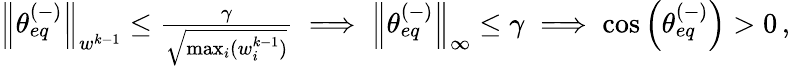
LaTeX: \begin{array}{r}{\left\lVert\theta_{eq}^{(-)}\right\rVert_{w^{k-1}}\leq\frac{\gamma}{\sqrt{\operatorname*{max}_{i}(w_{i}^{k-1})}}\implies\left\lVert\theta_{eq}^{(-)}\right\rVert_{\infty}\leq\gamma\implies\cos\left(\theta_{eq}^{(-)}\right)>0\, ,}\end{array}